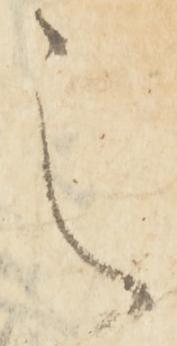
之